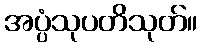
အပ္ပံသုပတိသုတ်။